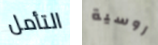
التأمل روسية